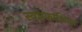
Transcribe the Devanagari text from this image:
स्वप्रकाशिका